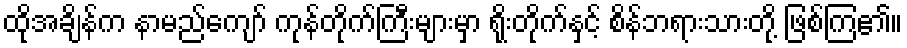
ထိုအချိန်က နာမည်ကျော် ကုန်တိုက်ကြီးများမှာ ရိုးတိုက်နှင့် စိန်ဘရားသားတို့ ဖြစ်ကြ၏။